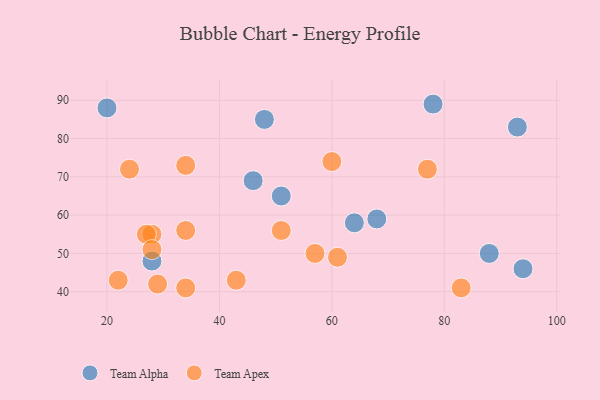
{"axis": {"x": "GDP", "y": "Life Expectancy"}, "legend": ["Team Alpha", "Team Apex"], "data": [{"x": "88", "y": 50, "type": "Team Alpha"}, {"x": "48", "y": 85, "type": "Team Alpha"}, {"x": "64", "y": 58, "type": "Team Alpha"}, {"x": "46", "y": 69, "type": "Team Alpha"}, {"x": "28", "y": 48, "type": "Team Alpha"}, {"x": "20", "y": 88, "type": "Team Alpha"}, {"x": "94", "y": 46, "type": "Team Alpha"}, {"x": "51", "y": 65, "type": "Team Alpha"}, {"x": "68", "y": 59, "type": "Team Alpha"}, {"x": "93", "y": 83, "type": "Team Alpha"}, {"x": "78", "y": 89, "type": "Team Alpha"}, {"x": "22", "y": 43, "type": "Team Apex"}, {"x": "34", "y": 56, "type": "Team Apex"}, {"x": "83", "y": 41, "type": "Team Apex"}, {"x": "24", "y": 72, "type": "Team Apex"}, {"x": "61", "y": 49, "type": "Team Apex"}, {"x": "28", "y": 55, "type": "Team Apex"}, {"x": "43", "y": 43, "type": "Team Apex"}, {"x": "29", "y": 42, "type": "Team Apex"}, {"x": "51", "y": 56, "type": "Team Apex"}, {"x": "77", "y": 72, "type": "Team Apex"}, {"x": "27", "y": 55, "type": "Team Apex"}, {"x": "34", "y": 73, "type": "Team Apex"}, {"x": "34", "y": 41, "type": "Team Apex"}, {"x": "28", "y": 51, "type": "Team Apex"}, {"x": "60", "y": 74, "type": "Team Apex"}, {"x": "57", "y": 50, "type": "Team Apex"}]}